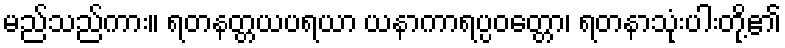
မည်သည်ကား။ ရတနတ္တယပရယာ ယနာကာရပ္ပဝတ္တော၊ ရတနာသုံးပါးတို့၏